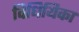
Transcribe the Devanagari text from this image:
विधियिका